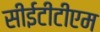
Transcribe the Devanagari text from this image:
सीईटीटीएम